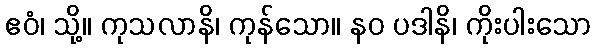
ဧဝံ၊ သို့။ ကုသလာနိ၊ ကုန်သော။ နဝ ပဒါနိ၊ ကိုးပါးသော